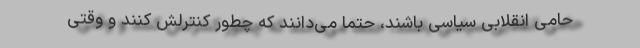
حامی انقلابی سیاسی باشند، حتماً می‌دانند که چطور کنترلش کنند و وقتی